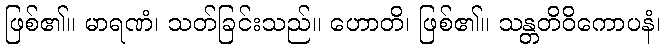
ဖြစ်၏။ မာရဏံ၊ သတ်ခြင်းသည်။ ဟောတိ၊ ဖြစ်၏။ သန္တတိဝိကောပနံ၊